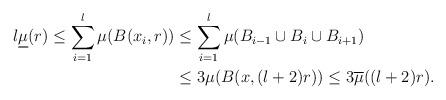
LaTeX: \begin{align*}l\underline{\mu}(r)\leq\sum_{i=1}^{l}\mu(B(x_{i},r)) & \leq\sum_{i=1}^{l}\mu(B_{i-1}\cup B_{i}\cup B_{i+1})\\& \leq3\mu(B(x,(l+2)r))\leq3\overline{\mu}((l+2)r).\end{align*}